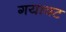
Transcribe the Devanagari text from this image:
गयावट